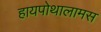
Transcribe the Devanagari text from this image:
हायपोथालामस